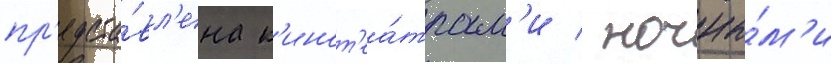
пр'едста́вл'ена к'инот'еа́трам'и / ночны́м'и